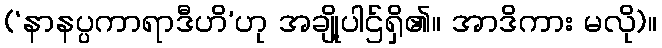
(‘နာနပ္ပကာရာဒီဟိ’ဟု အချို့ပါဌ်ရှိ၏။ အာဒိကား မလို)။